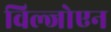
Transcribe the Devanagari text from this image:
विल्जोएन